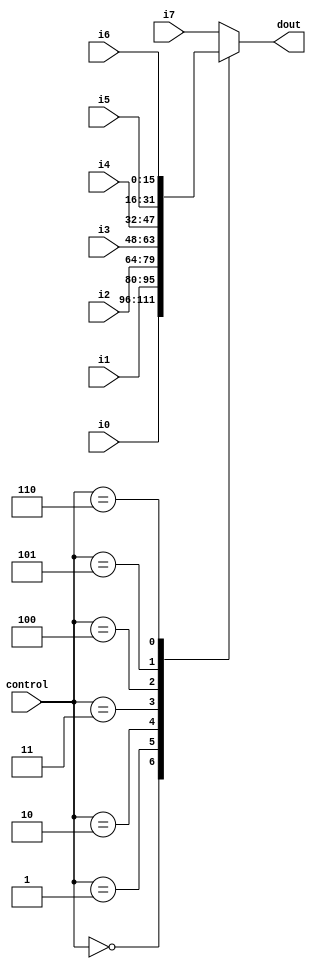
`timescale 1ns / 1ps


// This component is a 3 bit mux with 16 bit inputs.

module mux3(
    input [15:0] i0,
    input [15:0] i1,
    input [15:0] i2,
    input [15:0] i3,
    input [15:0] i4,
    input [15:0] i5,
    input [15:0] i6,
    input [15:0] i7,
    input [2:0] control,
    output reg [15:0] dout
    );

	 always @(i0,i1,i2,i3,i4,i5,i6,i7,control) begin
	 case(control)
		3'b000 : dout <= i0;
		3'b001 : dout <= i1;
		3'b010 : dout <= i2;
		3'b011 : dout <= i3;
		3'b100 : dout <= i4;
		3'b101 : dout <= i5;
		3'b110 : dout <= i6;
		default : dout <= i7;
	 endcase
	 end


endmodule